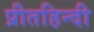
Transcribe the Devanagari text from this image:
प्रीतहिन्दी